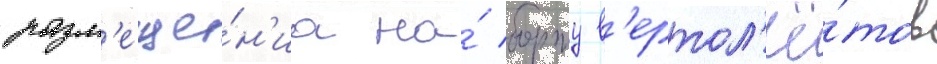
разм'еще́н'иа на́ борту в'ертол'ё́тов